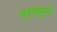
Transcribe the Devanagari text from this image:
एरास्मो